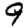
Digit: 9